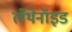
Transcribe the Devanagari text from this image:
लँथेनॉइड